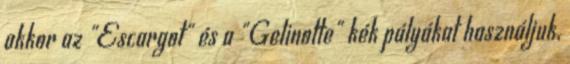
akkor az "Escargot" és a "Gelinotte" kék pályákat használjuk,